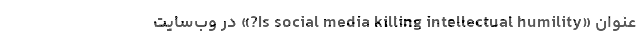
عنوان «Is social media killing intellectual humility?» در وب‌سایت